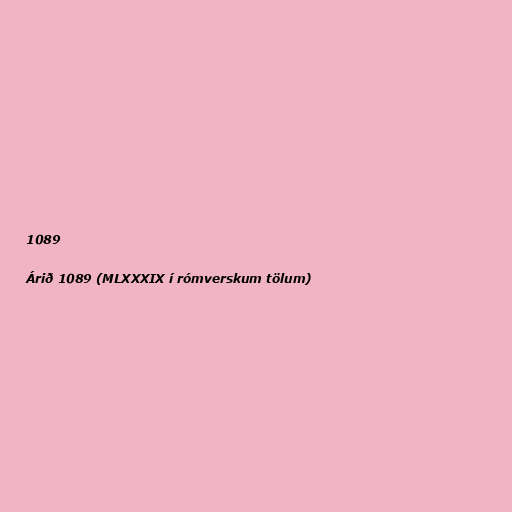
1089

Árið 1089 (MLXXXIX í rómverskum tölum)